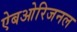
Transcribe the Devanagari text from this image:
ऐबओरिजनल